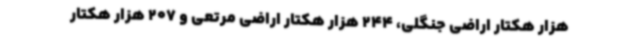
هزار هکتار اراضی جنگلی، 244 هزار هکتار اراضی مرتعی و 207 هزار هکتار